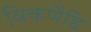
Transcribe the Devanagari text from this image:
विकणेंहि